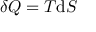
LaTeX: \delta Q = T \mathrm { d } S